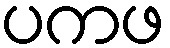
ပကဖ